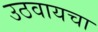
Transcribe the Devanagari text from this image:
उठवायचा